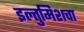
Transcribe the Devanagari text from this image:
इल्तुमिशचा